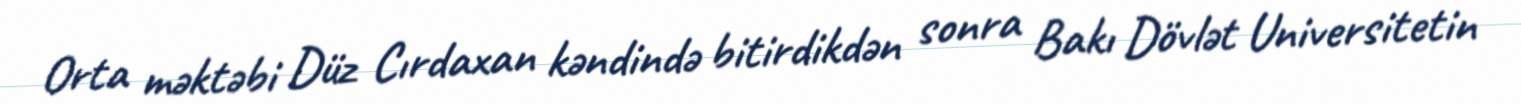
Orta məktəbi Düz Cırdaxan kəndində bitirdikdən sonra Bakı Dövlət Universitetin